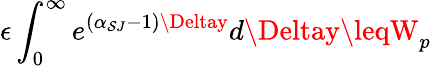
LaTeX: \epsilon\int_{0}^{\infty}e^{(\alpha_{\mathcal{S}J}-1)\Deltay}d\Deltay\leqW_{p}